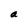
Character: a